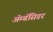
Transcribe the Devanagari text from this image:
अॅम्बॅसिडर